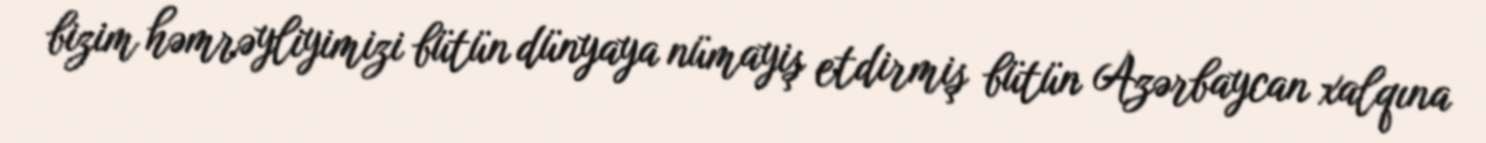
bizim həmrəyliyimizi bütün dünyaya nümayiş etdirmiş bütün Azərbaycan xalqına